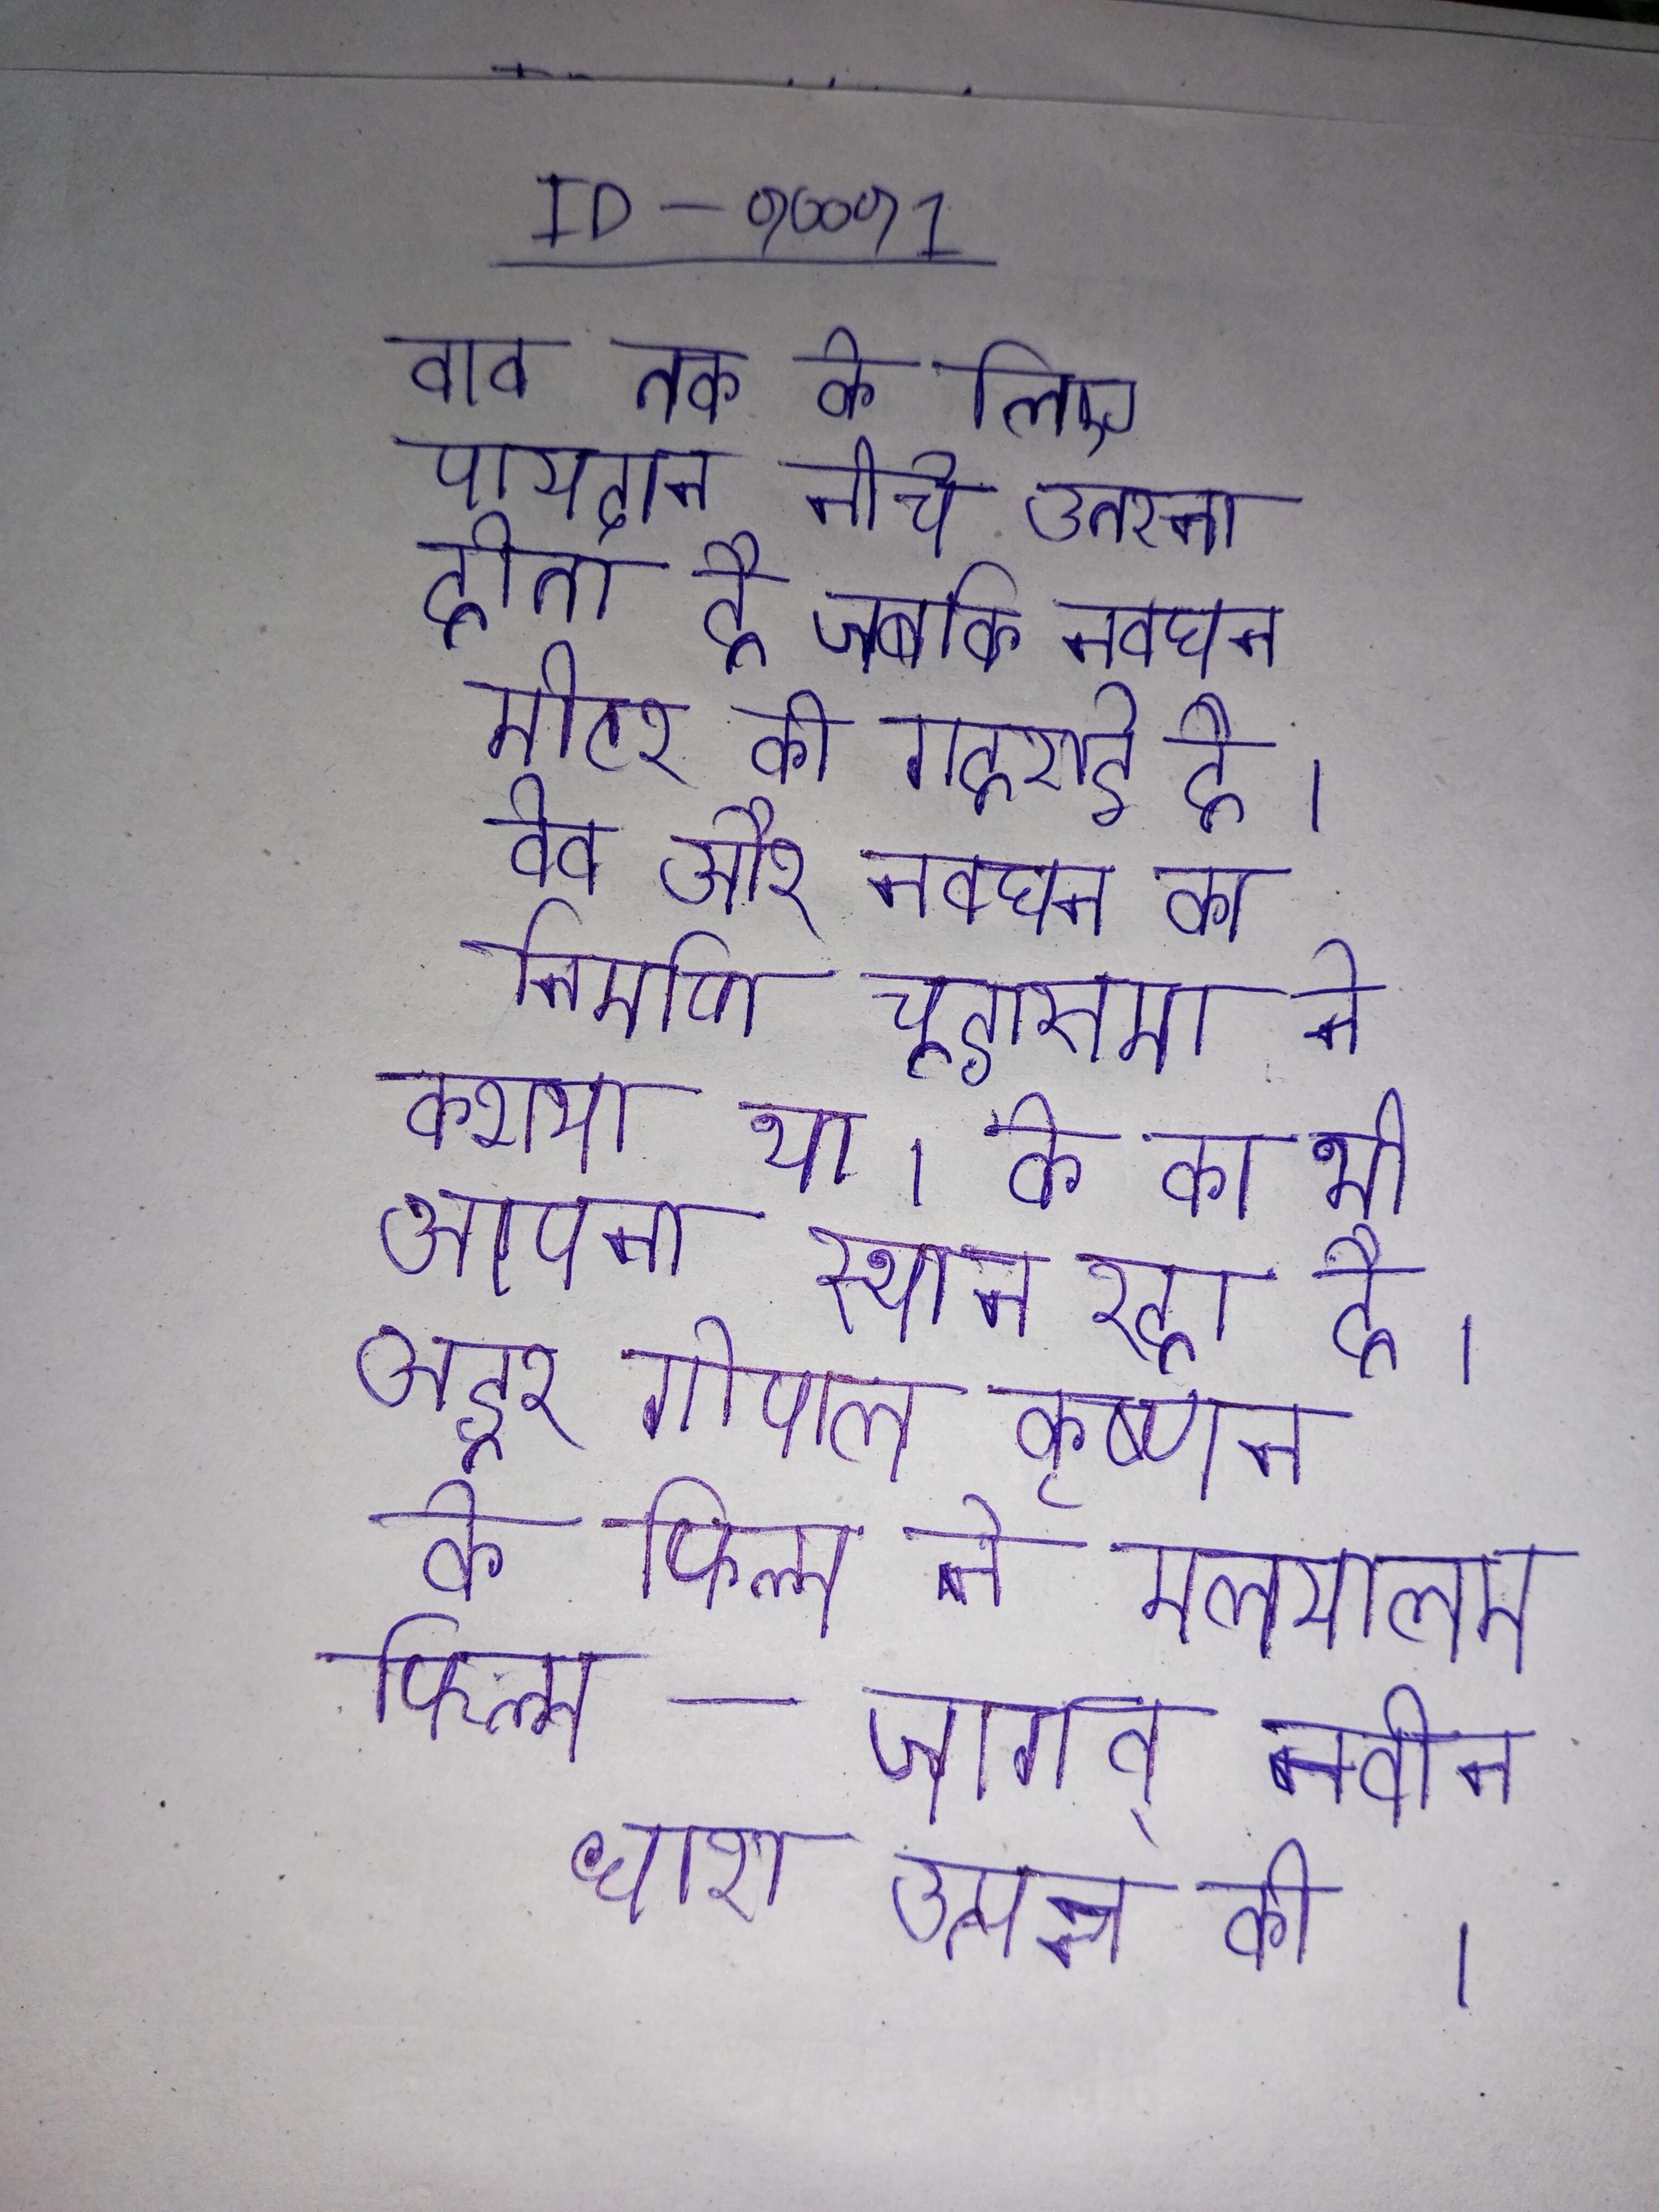
वाव तक के लिए पायदान नीचे उतरना होता है जबकि नवघन मीटर की गहराई है । वेव और नवघन का निर्माण चूडासमा ने कराया था । के का भी अपना स्थान रहा है । अडूर गोपाल कृष्णन के फिल्म ने मलयालम फिल्म - जगत् नवीन धारा उत्पन्न की ।